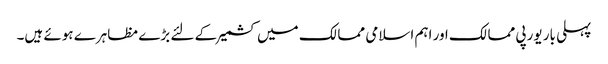
پہلی بار یورپی ممالک اور اہم اسلامی ممالک میں کشمیر کے لئے بڑے مظاہرے ہوئے ہیں۔